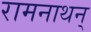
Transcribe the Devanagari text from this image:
रामनाथन्